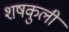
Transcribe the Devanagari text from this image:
शषकुली